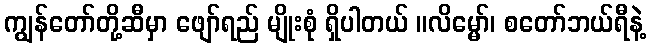
ကျွန်တော်တို့ဆီမှာ ဖျော်ရည် မျိုးစုံ ရှိပါတယ် ။လိမ္မော်၊ စတော်ဘယ်ရီနဲ့